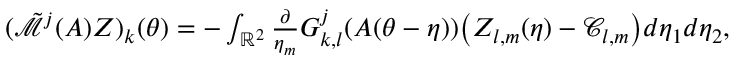
\begin{array} { r } { ( \tilde { \mathcal { M } } ^ { j } ( A ) Z ) _ { k } ( { \boldsymbol { \theta } } ) = - \int _ { \mathbb { R } ^ { 2 } } \frac { \partial } { \eta _ { m } } G _ { k , l } ^ { j } ( A ( { \boldsymbol { \theta } } - { \boldsymbol { \eta } } ) ) \big ( Z _ { l , m } ( { \boldsymbol { \eta } } ) - \mathcal { C } _ { l , m } \big ) d \eta _ { 1 } d \eta _ { 2 } , } \end{array}